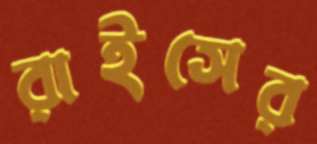
রাইসের